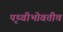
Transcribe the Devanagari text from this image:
पृथ्वीभोवतीच